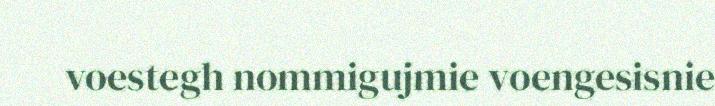
voestegh nommigujmie voengesisnie